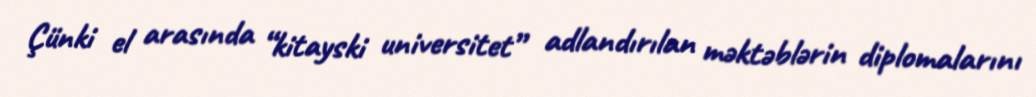
Çünki el arasında “kitayski universitet” adlandırılan məktəblərin diplomalarını